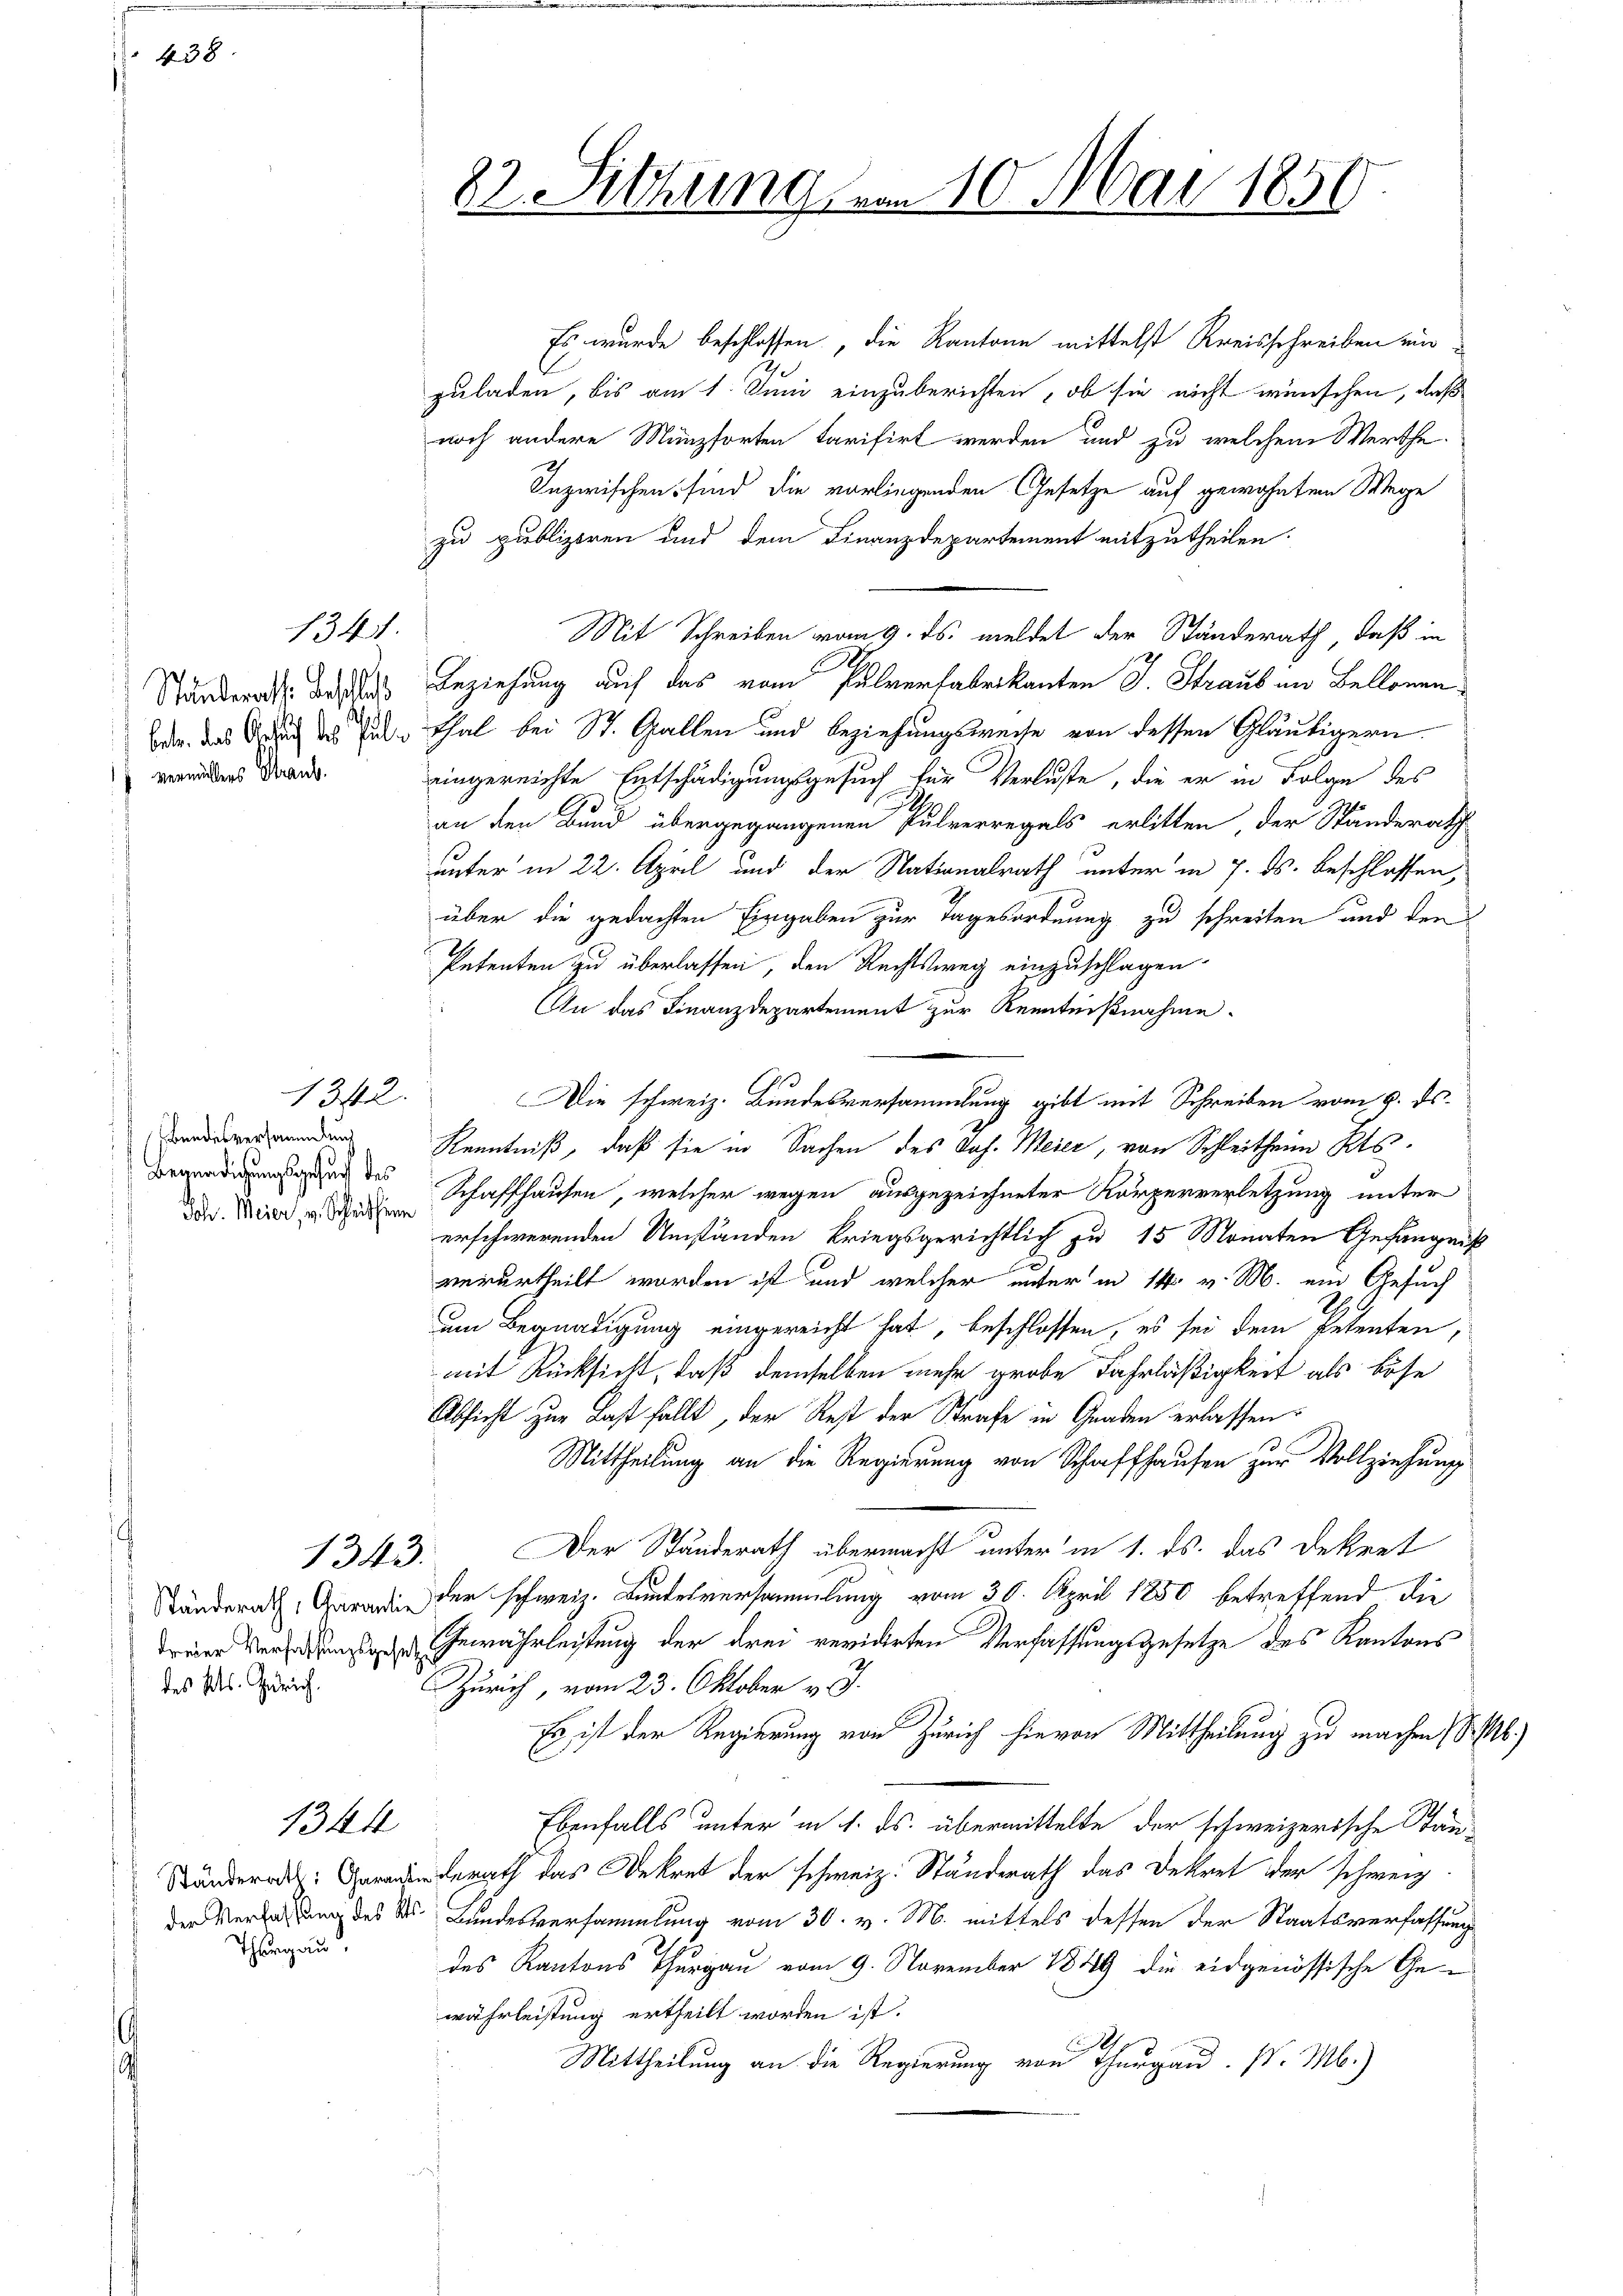
438

vermühlens Straub.

1341.

1342.

bandesversammlung
Begnadigungsgesuch des

1343.

des Kts. Zürich.

1344

Es wurde beschlossen, die Kantone mittelst Kreisschreiben einzuladen, bis am 1. Juni einzuberichten, ob sie nicht wünschen, daß
noch andere Münzsorten tarifirt werden und zu welchem Werthe
Inzwischen sind die vorliegenden Gesetze auf gewohnten Wege
zu publiziren und dem Finanzdepartement mitzutheilen.
Mit Schreiben vom 9. ds. meldet der Ständerath, daß in
Stunders das Beziehung auf das vom Pulverfabrikanten J. Straus an Bellonenban, das Aufsich des Gute Thal bei St. Gallen und Beziehungsweise von dessen Gläubigern.
eingereichte Entschädigungsgesuch für Verluste, die er in Folge des
an den Bund übergegangenen Pulverregels erlitten, der Ständerath
unter in 22. April und der Nationalrath unter in 7. ds. beschlossen,
über die gedachten Eingaben zur Tagesordnung zu schreiten und den
Petenten zu überlassen, den Rechtsweg einzuschlagen.
An das Finanzdepartement zur Kenntnißnahme.
Die schweiz. Bundesversammlung gibt mit Schreiben vom 6. ds.
Kenntniß, daß sie in Sachen des Joh. Meier, von Schleitheim Kts.
den. Wird ad Schaffhausen, welcher wegen ausgezeichneter Körperverletzung unter
erschwerenden Umständen kriegsgerichtlich zu 15 Monaten Gefängniß
c
verurtheilt worden ist und welcher unter in 14. v. M. ein Gesuch
um Begnadigung eingereicht hat, beschlossen, es sei dem Petenten,
mit Rücksicht, daß demselben mehr grobe Fahrläßigkeit als böse
Absicht zur Last fällt, der Rest der Strafe in Gnaden erlassen.
Mittheilung an die Regierung von Schaffhausen zur Vollziehung
Der Standerath übermacht unter in 1. ds. das Dekret
Ständerat der schweiz. Bundesversammlung vom 30. April 1850 betreffend die
Freien Verfassung der Gewährleistung der drei revidirten Verfassungsgesetze des Kantons
Zürich, vom 23. Oktober v. J.
Es ist der Regierung von Zürich hievon Mittheilung zu machen (S.)
Ebenfalls unter in 1. ds. übermittelte der schweizerische Stän-
Ständer derath das Dekret der schweiz. Standerath das Dekret der schweiz.
 des Bundesversammlung vom 30. v. M. mittels dessen der Staatsverfassung
des Kantons Thurgau vom 9. November 1849 die eidgenössische Gewährleistung ertheilt worden ist.
Mittheilung an die Regierung von Thurgau. P. M.)

Thurgau.

22. Sitzung dem 10. Mai 1850